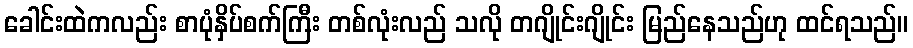
ခေါင်းထဲကလည်း စာပုံနှိပ်စက်ကြီး တစ်လုံးလည် သလို တဂျိုင်းဂျိုင်း မြည်နေသည်ဟု ထင်ရသည်။